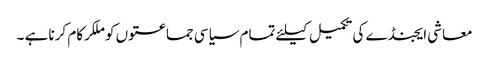
معاشی ایجنڈے کی تکمیل کیلئے تمام سیاسی جماعتوں کو ملکرکام کرنا ہے ۔